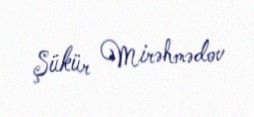
Şükür Mirəhmədov